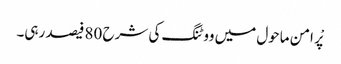
پْر امن ماحول میں ووٹنگ کی شرح 80 فیصد رہی۔